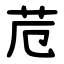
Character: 苊